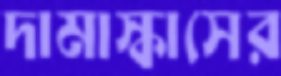
দামাস্কাসের